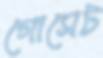
গোসেট